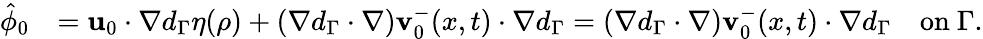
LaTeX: \begin{array}{rl}{\hat{\phi}_{0}}&{=\mathbf{u}_{0}\cdot\nabla d_{\Gamma}\eta(\rho)+(\nabla d_{\Gamma}\cdot\nabla)\mathbf{v}_{0}^{-}(x,t)\cdot\nabla d_{\Gamma}=(\nabla d_{\Gamma}\cdot\nabla)\mathbf{v}_{0}^{-}(x,t)\cdot\nabla d_{\Gamma}\quad\mathrm{on}\ \Gamma.}\end{array}